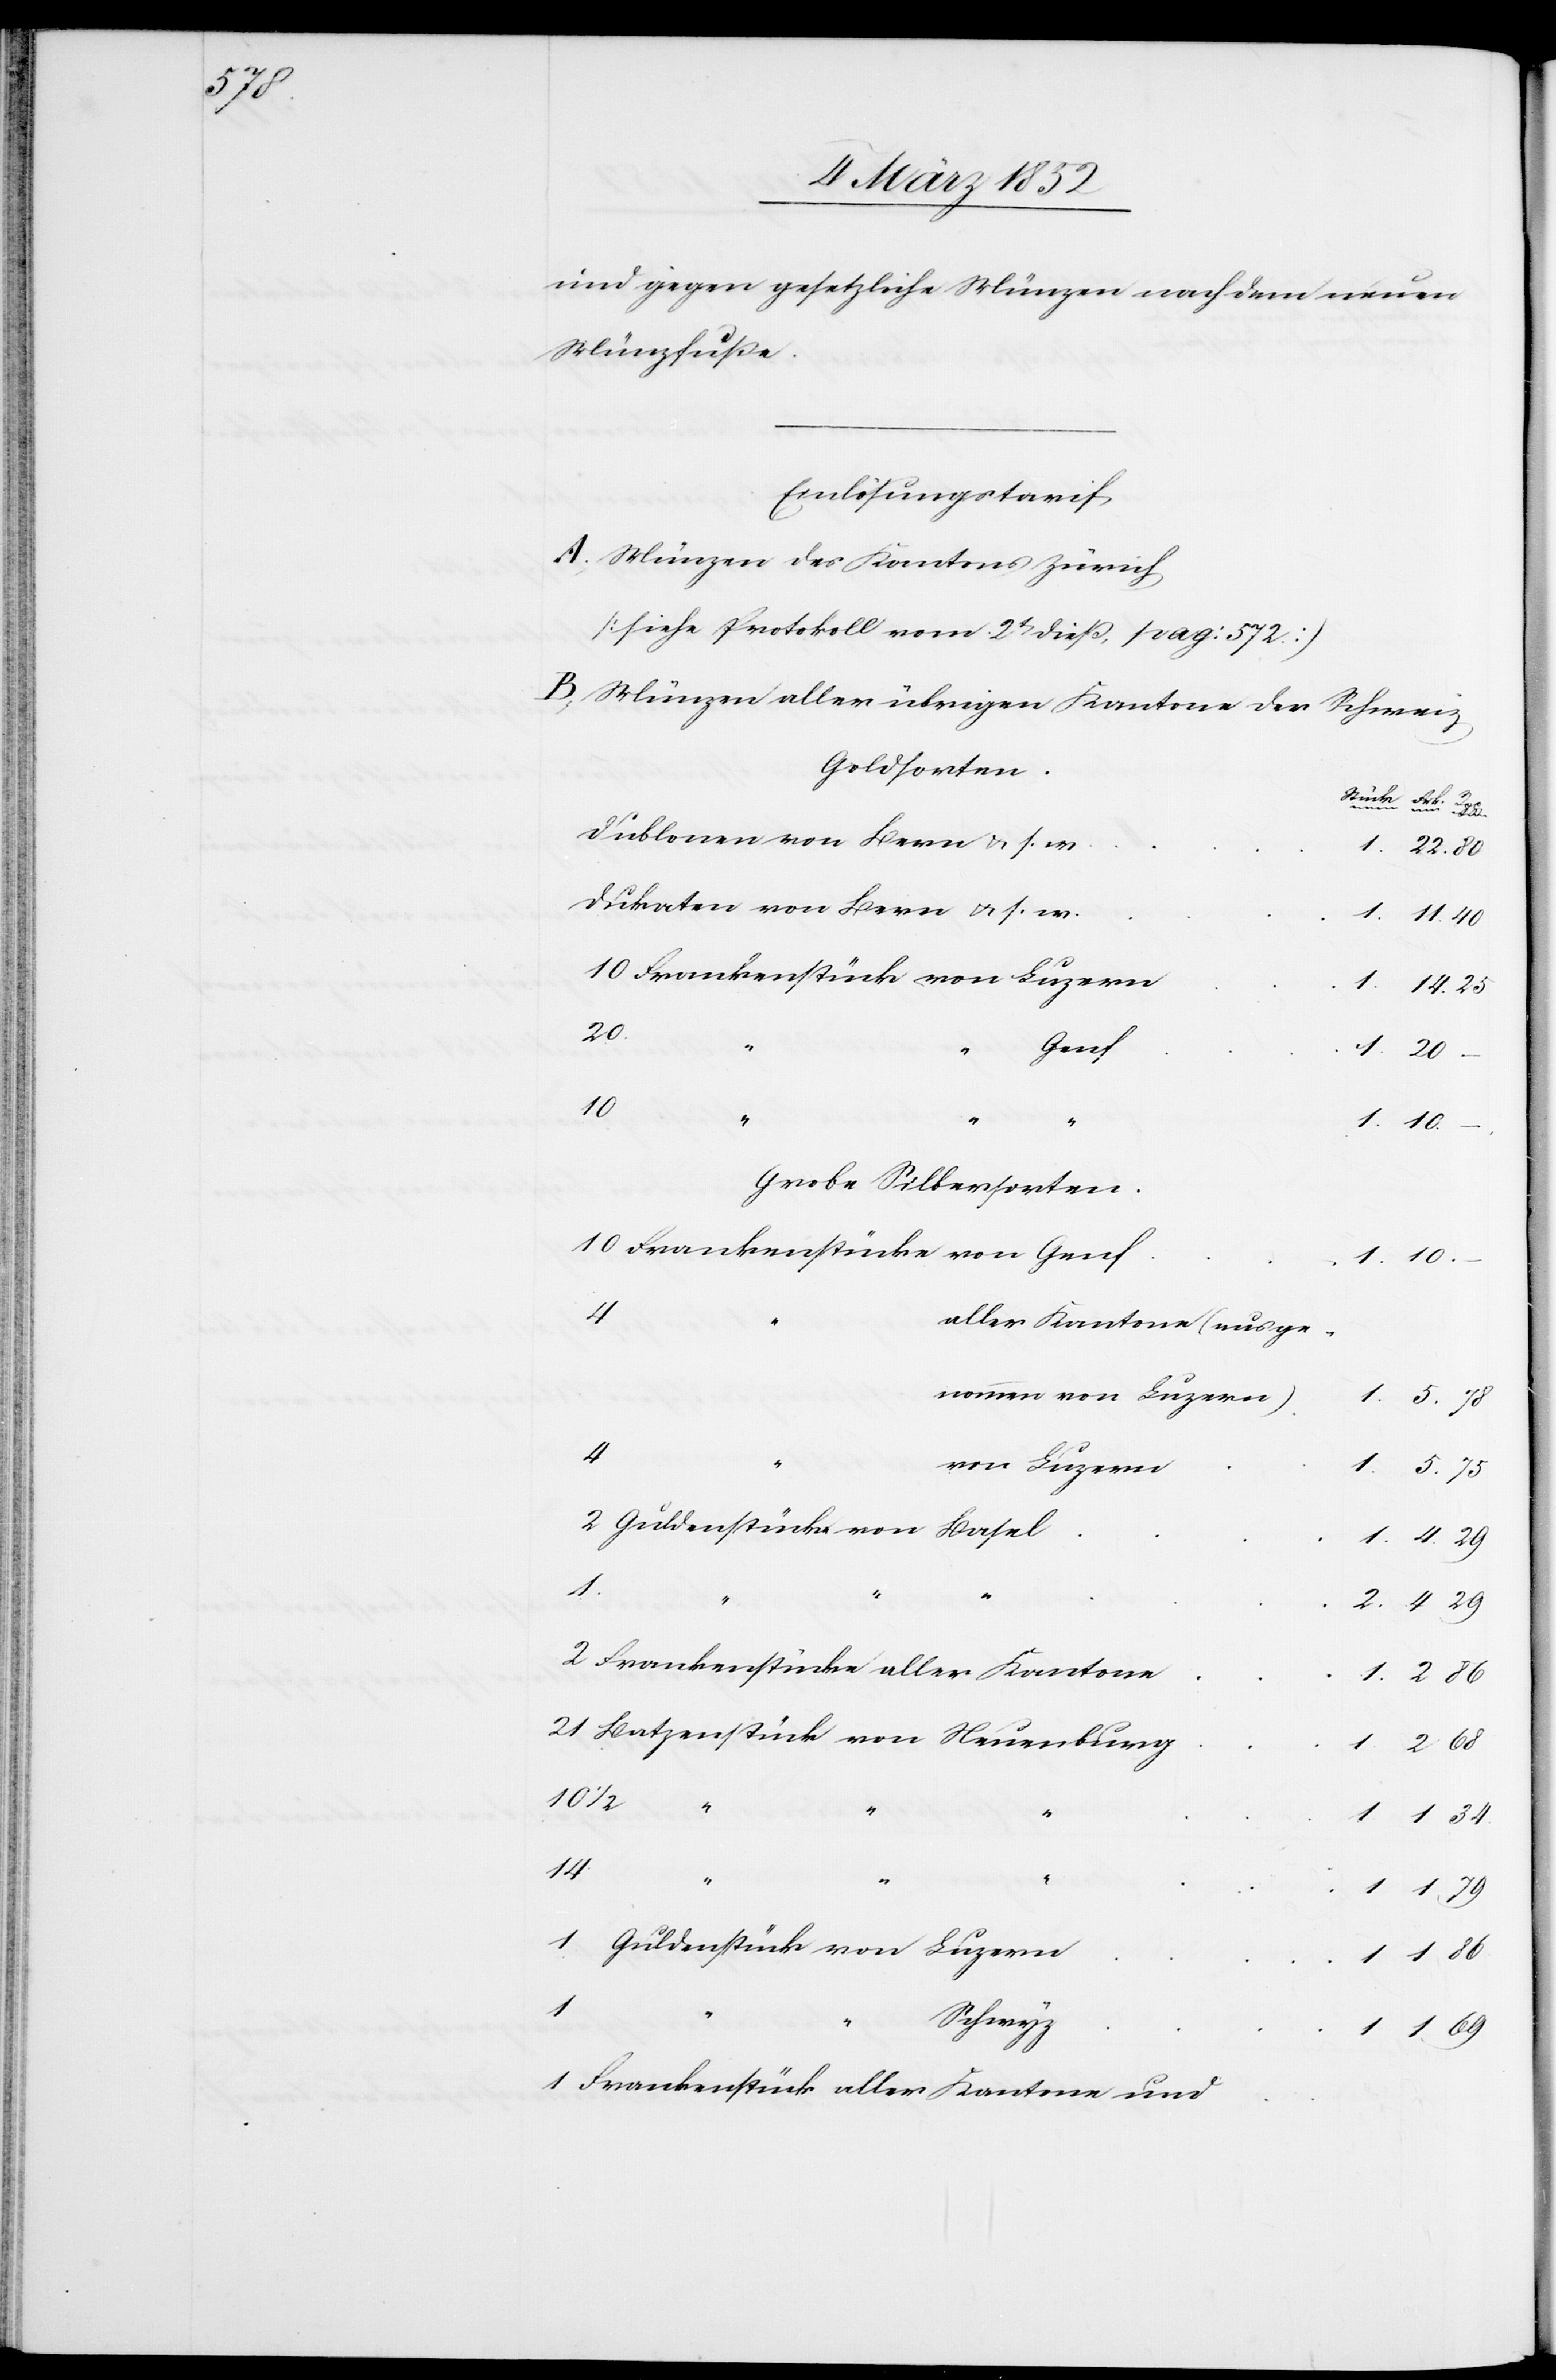
und gegen gesetzliche Münzen nach dem neuen
Münzfuße.
Einlösungstarif
A.) Münzen des Kantons Zürich
[siehe Protokoll vom 2t dieß, pag: 572]
B.) Münzen aller übrigen Kantone der Schweiz
Geldsorten
25
Dublonen von Bern u. s. w.
Dukaten von Bern u. s. w.
10 Frankenstücke von Luzern
20
Genf
10.
Grobe Silbersorten
10 Frankenstücke von Genf
4
aller Kantone (ausge¬
nommen von Luzern)
4
von Luzern
2 Guldenstücke von Basel
4.
2 Frankenstücke aller Kantone
21 Batzenstück von Neuenburg
10 1/2
2.
14
1 Guldenstück von Luzern
1.
Schwyz
1 “
1.
1 Frankenstück aller Kantone und